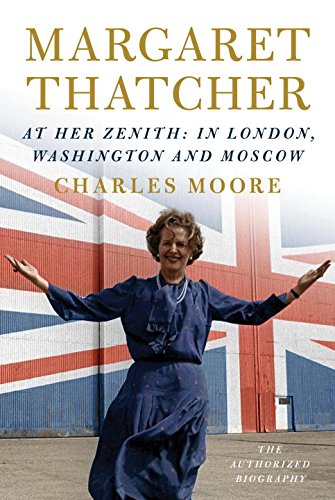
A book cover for Margaret Thatcher: At Her Zenith: In London, Washington and Moscow; Charles Moore; Biographies & Memoirs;